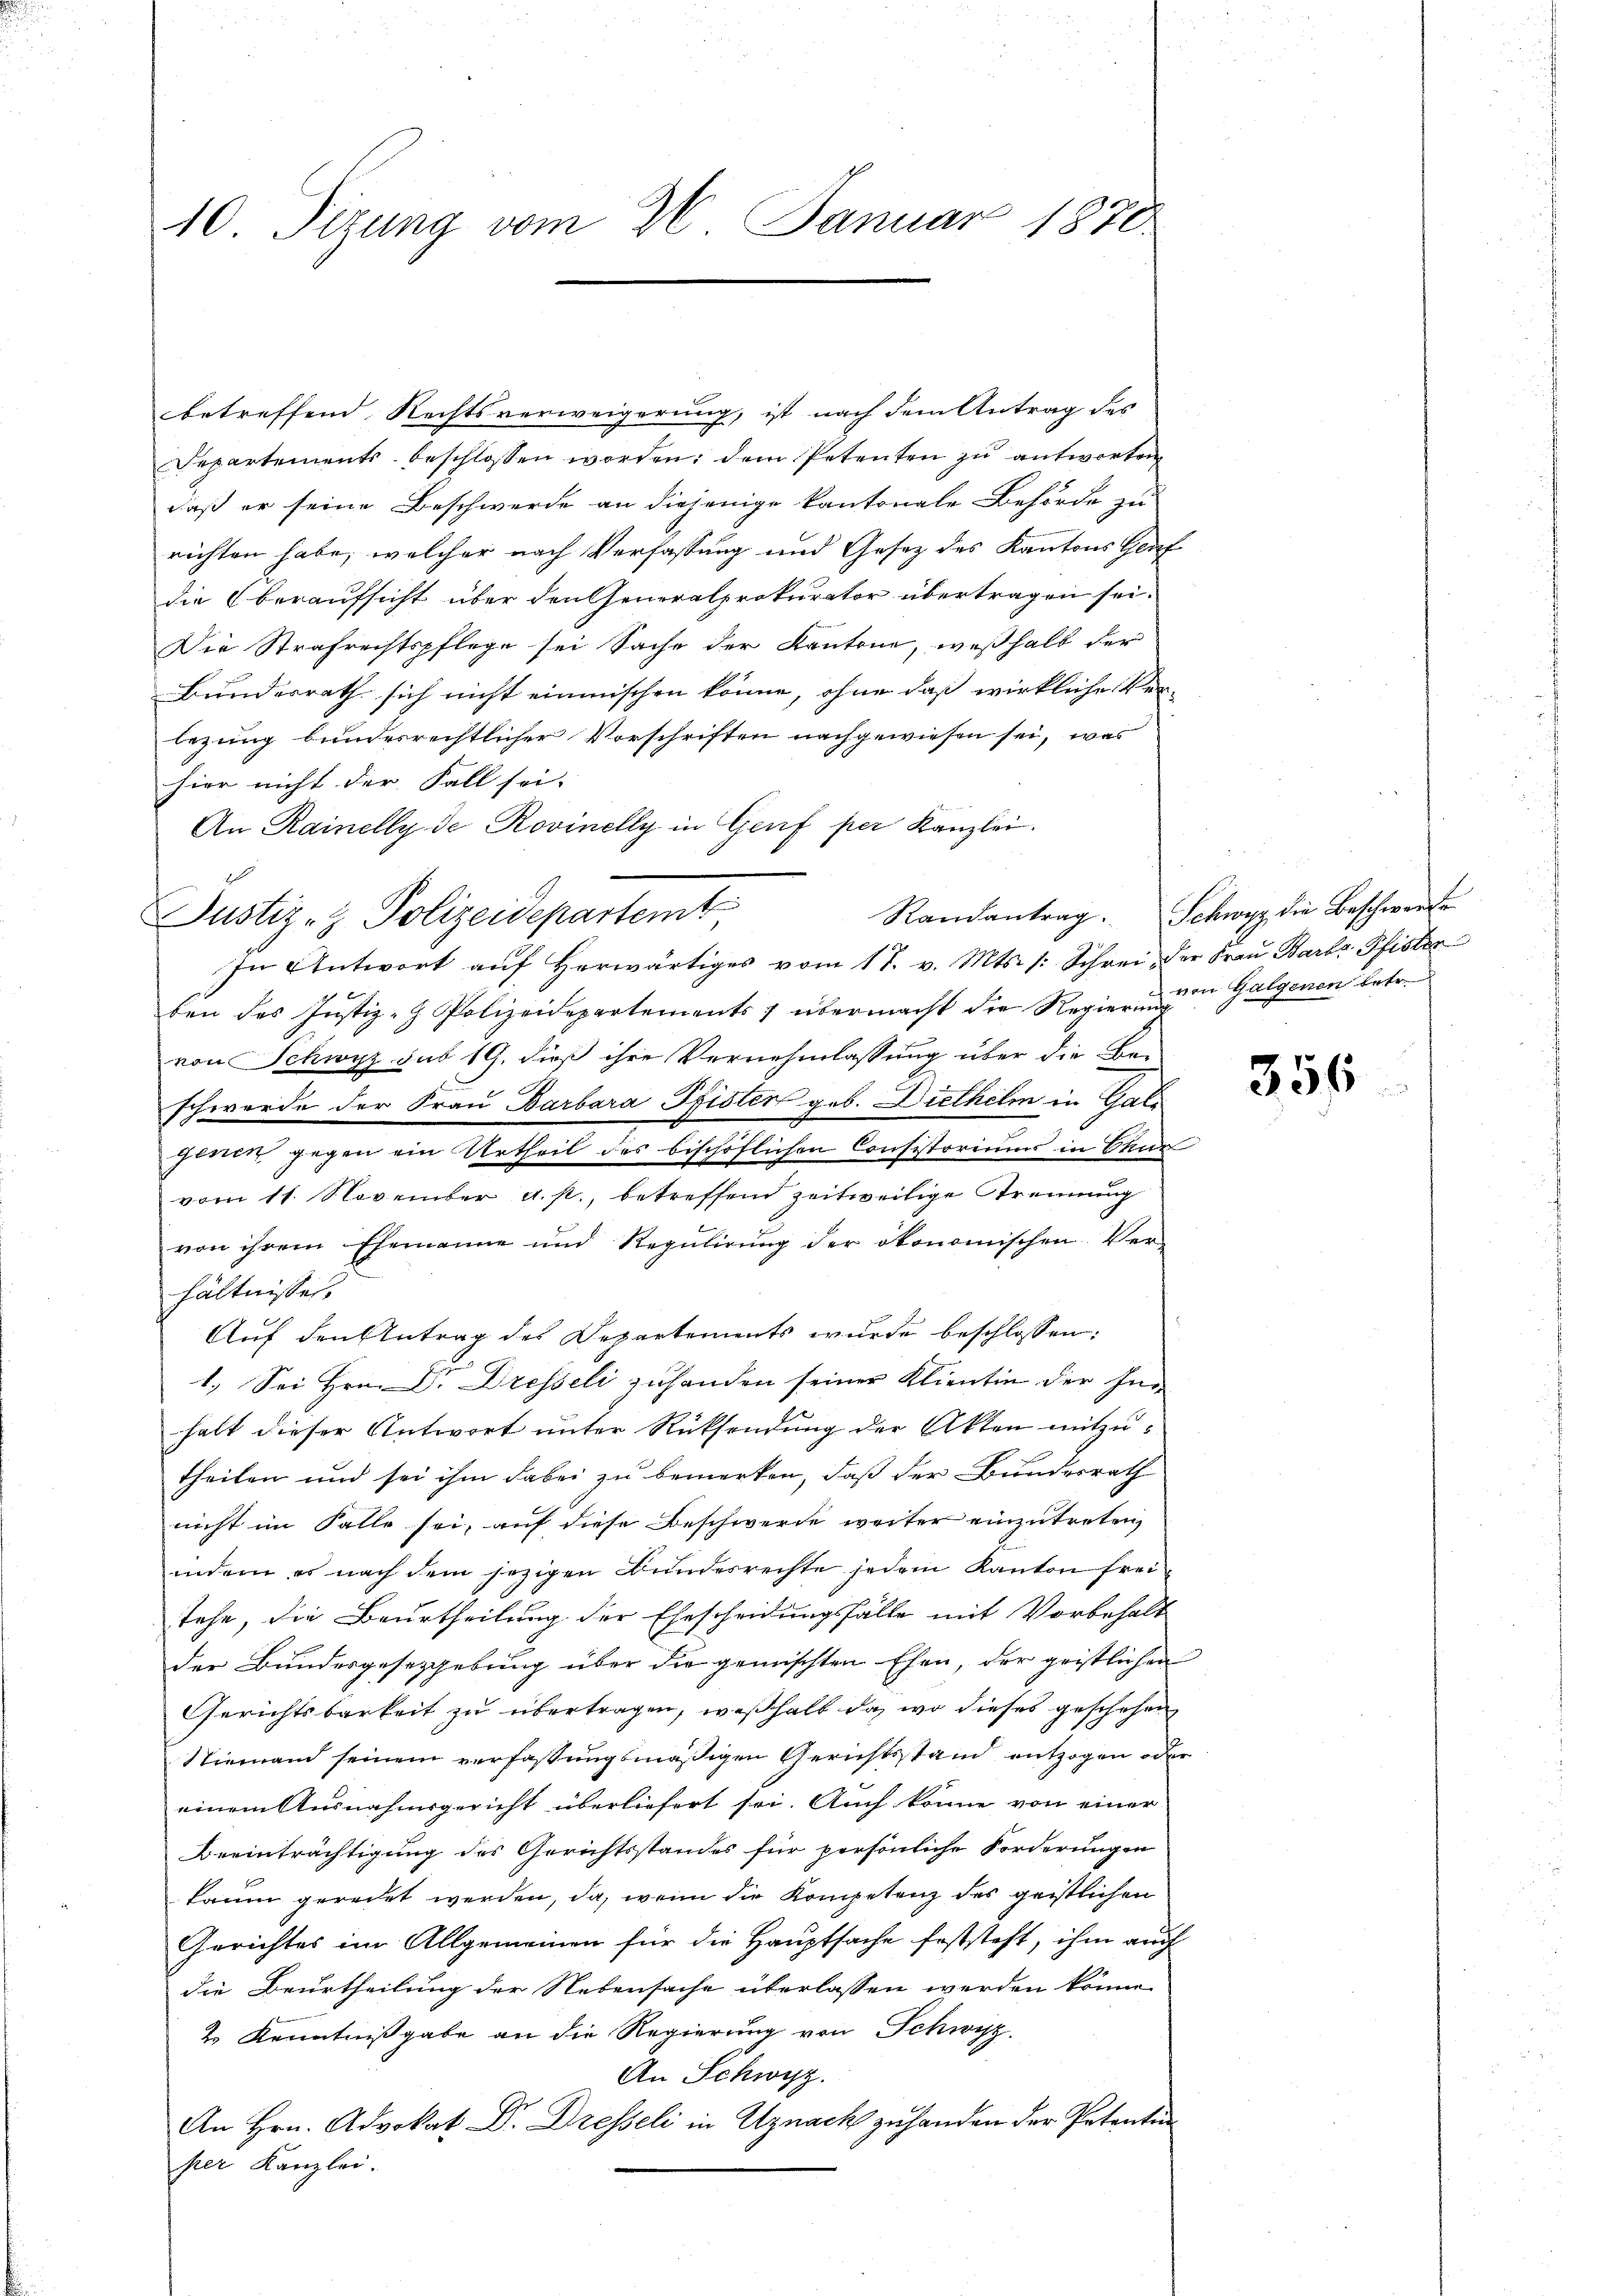
10 Sizung vom 26. Januar 1870

betreffend Rechtsverweigerung, ist nach dem Antrag des
Departements beschlossen worden; dem Petenten zu antworten
daß er seine Beschwerde an diejenige kantonale Behörde zu
richten habe, welcher nach Verfassung und Gesetz des Kantons Genf
die Oberaufsicht über den Generalprokurator übertragen sei.
Die Strafrechtspflege sei Sache der Kantone, weßhalb der
Bundesrath sich nicht einmischen könne, ohne daß wirkliche Ver-
lezung bundesrechtlicher Vorschriften nachgewiesen sei, was
hier nicht der Fall sei.
An Rainelly de Rovinelly in Genf per Kanzlei.
In Antwort aŭf herwärtiges vom 17. v. Mts. /: Schrei, der Fraŭ Barb. Pfister
b
ben des Justiz- & Polizeidepartements übermacht die Regierung in Galgenen betr.
von Schwyz sub 19. dieß ihre Vernehmlassung über die Be-
schwerde der Frau Barbara Pfister geb. Diethelm in Gali
genen gegen ein Urtheil des bischöflichen Consistoriums in Chur
vom 11. November a. p., betreffend zeitweilige Strennung
von ihrem Ehemanne und Regulirung der ökonomischen Ver-
hältnisses.
Auf den Antrag des Departements wurde beschlossen:
1.) Sei Hrn. Dr. Dresseli zuhanden seiner Klientin der Ins
halt dieser Antwort unter Rücksendung der Akten mitzutheilen und sei ihm dabei zu bemerken, daß der Bundesrath
nicht im Falle sei, auf diese Beschwerde weiter einzutreten
indem es nach dem jezigen Bundesrechte jedem Kanton freitehe, die Beurtheilung der Ehescheidungsfälle mit Vorbehalt
der Bundesgesetzgebung über die gemischten Ehen, der geistlichen
Gerichtsbarkeit zu übertragen, weßhalb da, wo dieses geschehen
Niemand seinem verfassungsmäßigen Gerichtsstand entzogen oder
einem Ausnahmsgericht überliefert sei. Auch könne von einer
Beeinträchtigung des Gerichtsstandes für persönliche Forderungen
kaum geredet werden, da, wenn die Kompetenz des geistlichen
Gerichtes im Allgemeinen für die Hauptsache feststeht, ihm auch
die Beurtheilung der Nebensache überlassen werden könne.
2. Kenntnißgabe an die Regierung von Schwyz
An Schwyz.
An Hrn. Advokat Dr. Dresseli in Uznach zu handen der Petentin
per Kanzlei.

Justiz- & Polizeidepartemt

Randantrag. Schwyz die Beschwere

356